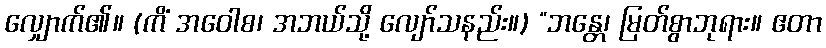
လျှောက်၏။ (ကိံ အဝေါစ၊ အဘယ်သို့ လျော်သနည်း။) “ဘန္တေ၊ မြတ်စွာဘုရား။ ဧတာ